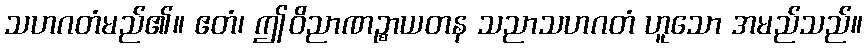
သဟဂတံမည်၏။ ဧတံ၊ ဤဝိညာဏဉ္စာယတန သညာသဟဂတံ ဟူသော အမည်သည်။